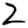
Digit: 2